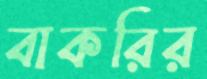
বাকরির